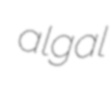
algal